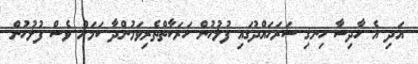
އަދި އެ ހާދިސާ ހިނގި ސަރަހައްދުގައި ފުލުހުން ހަރަކާތްތެރިވަމުންދާ ކަމަށް ވެސް ފުލުހުން